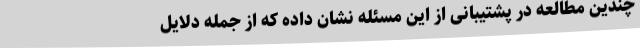
چندین مطالعه در پشتیبانی از این مسئله نشان داده که از جمله دلایل